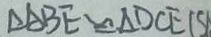
\Delta A B E \cong \Delta D C E ( S